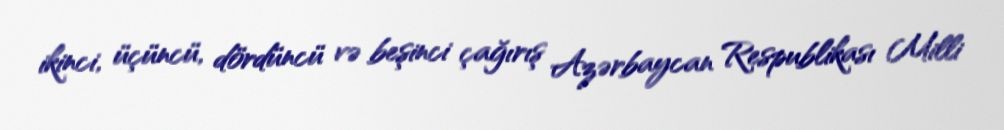
ikinci, üçüncü, dördüncü və beşinci çağırış Azərbaycan Respublikası Milli